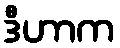
ဒီဟာက